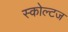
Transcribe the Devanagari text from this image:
स्कोल्टज